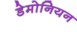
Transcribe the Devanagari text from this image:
डेमोनियन